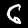
Label: 6